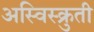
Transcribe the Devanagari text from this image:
अस्विस्क्रुती